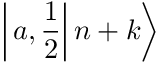
\left| \left. a , \frac { 1 } { 2 } \right| n + k \right\rangle